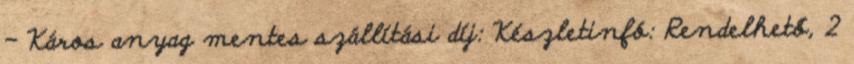
- Káros anyag mentes szállítási díj: Készletinfó: Rendelhető, 2